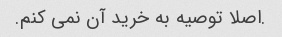
.اصلا توصیه به خرید آن نمی کنم.